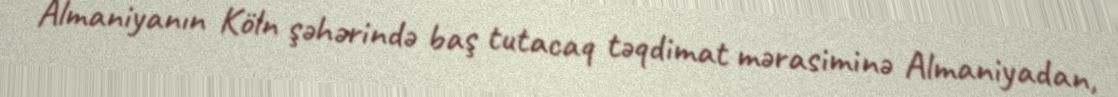
Almaniyanın Köln şəhərində baş tutacaq təqdimat mərasiminə Almaniyadan,